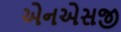
એનએસજી